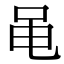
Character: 黾